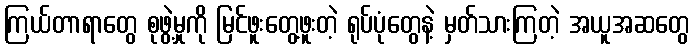
ကြယ်တာရာတွေ စုဖွဲ့မှုကို မြင်ဖူးတွေ့ဖူးတဲ့ ရုပ်ပုံတွေနဲ့ မှတ်သားကြတဲ့ အယူအဆတွေ